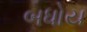
બધોય